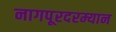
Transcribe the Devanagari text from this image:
नागपूरदरम्यान